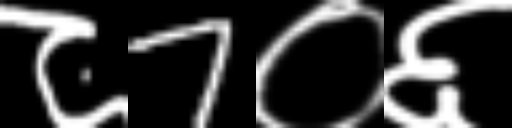
Text: ८7०६